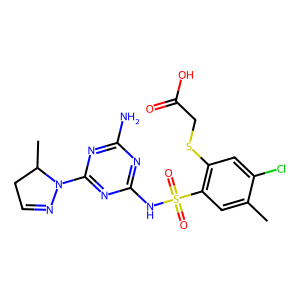
SMILES: Cc1cc(S(=O)(=O)Nc2nc(N)nc(N3N=CCC3C)n2)c(SCC(=O)O)cc1Cl
Inhibits HIV replication: No